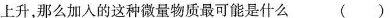
上升，那么加入的这种微量物质最可能是什么()